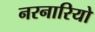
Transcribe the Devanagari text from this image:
नरनारियो